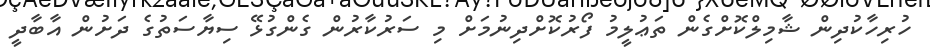
ހުރިހާކުދިން ޝާމިލްކޮށްގެން ތަޢުލީމު ފޯރުކޮށްދިނުމަށް މި ސަރުކާރުން ގެންގުޅޭ ސިޔާސަތުގެ ދަށުން އާބާދީ